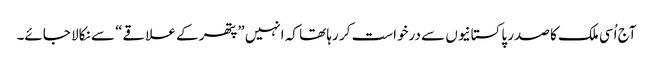
آج اُسی ملک کا صدر پاکستانیوں سے درخواست کر رہا تھا کہ انہیں ”پتھر کے علاقے“ سے نکالا جائے۔